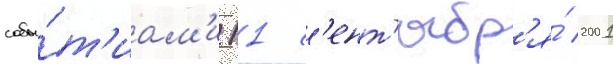
собы́т'иам'и 11 с'ент'ябр'я́ 2001